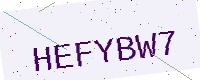
Text: HEFYBW7